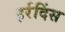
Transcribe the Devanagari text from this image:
इर्रदिंस